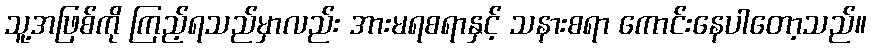
သူ့အဖြစ်ကို ကြည့်ရသည်မှာလည်း အားမရစရာနှင့် သနားစရာ ကောင်းနေပါတော့သည်။